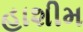
હાશીમ